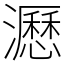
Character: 𤃉